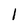
Character: 1